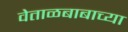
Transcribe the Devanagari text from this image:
वेताळबाबाच्या